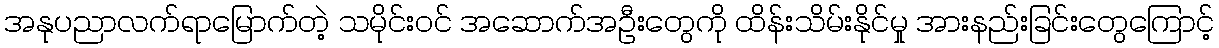
အနုပညာလက်ရာမြောက်တဲ့ သမိုင်း၀င် အဆောက်အဦးတွေကို ထိန်းသိမ်းနိုင်မှု အားနည်းခြင်းတွေကြောင့်